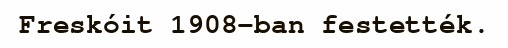
Freskóit 1908-ban festették.